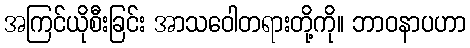
အကြင်ယိုစီးခြင်း အာသဝေါတရားတို့ကို။ ဘာဝနာပဟာ